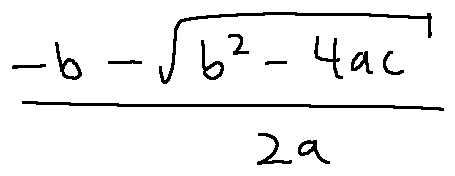
\frac { - b - \sqrt { b ^ { 2 } - 4 a c } } { 2 a }